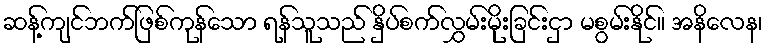
ဆန့်ကျင်ဘက်ဖြစ်ကုန်သော ရန်သူသည် နှိပ်စက်လွှမ်းမိုးခြင်းငှာ မစွမ်းနိုင်။ အနိလေန၊